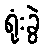
ရုံးခွဲ